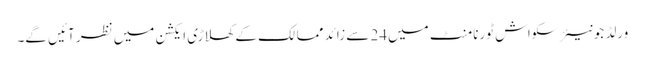
ورلڈ جونیئر سکواش ٹورنامنٹ میں24 سے زائد ممالک کے کھلاڑی ایکشن میں نظر آئیں گے۔